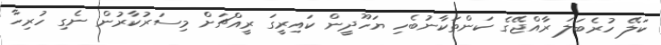
ކަލޭ ހުރެބަލަ ރާއްޖޭގެ ކަންތަކާނުބެހި ޔަހޫދީން ކައިރީގަ ރީއްޗަށް މިސަރުކާރުން ނެގި ހުރިހާ